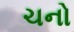
ચનો